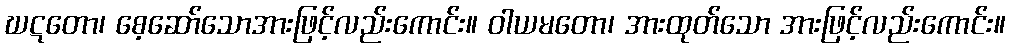
ဃဋတော၊ စေ့ဆော်သောအားဖြင့်လည်းကောင်း။ ဝါယမတော၊ အားထုတ်သော အားဖြင့်လည်းကောင်း။